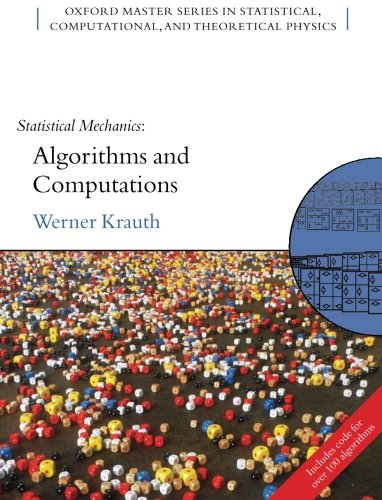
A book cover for Statistical Mechanics: Algorithms and Computations (Oxford Master Series in Physics); Werner Krauth; Science & Math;